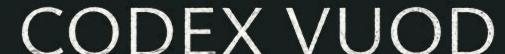
CODEX VUOD